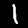
Label: 1